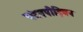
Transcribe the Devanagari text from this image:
चंदनपीड़िवन